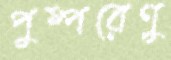
পুষ্পরেণু